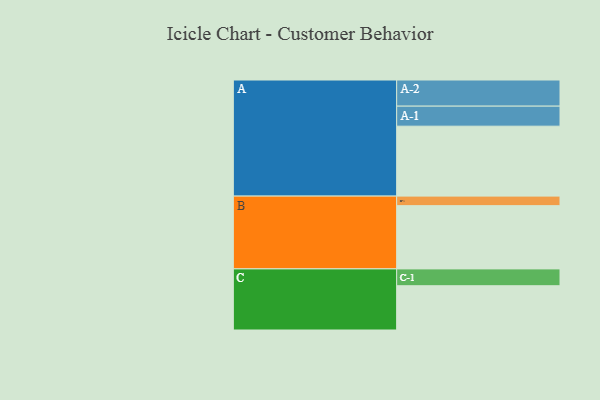
{"axis": {"x": "Segment", "y": "Value"}, "legend": ["", "A", "B", "C"], "data": [{"x": "A", "y": 586, "type": ""}, {"x": "B", "y": 530, "type": ""}, {"x": "C", "y": 371, "type": ""}, {"x": "A-1", "y": 168, "type": "A"}, {"x": "A-2", "y": 219, "type": "A"}, {"x": "B-1", "y": 80, "type": "B"}, {"x": "C-1", "y": 141, "type": "C"}]}